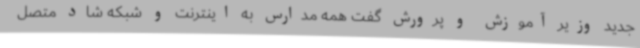
جدید وزیر آموزش و پرورش گفت همه مدارس به اینترنت و شبکه شاد متصل